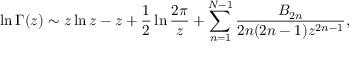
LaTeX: \ln \Gamma ( z ) \sim z \ln z - z + { \frac { 1 } { 2 } } \ln { \frac { 2 \pi } { z } } + \sum _ { n = 1 } ^ { N - 1 } { \frac { B _ { 2 n } } { 2 n ( 2 n - 1 ) z ^ { 2 n - 1 } } } ,